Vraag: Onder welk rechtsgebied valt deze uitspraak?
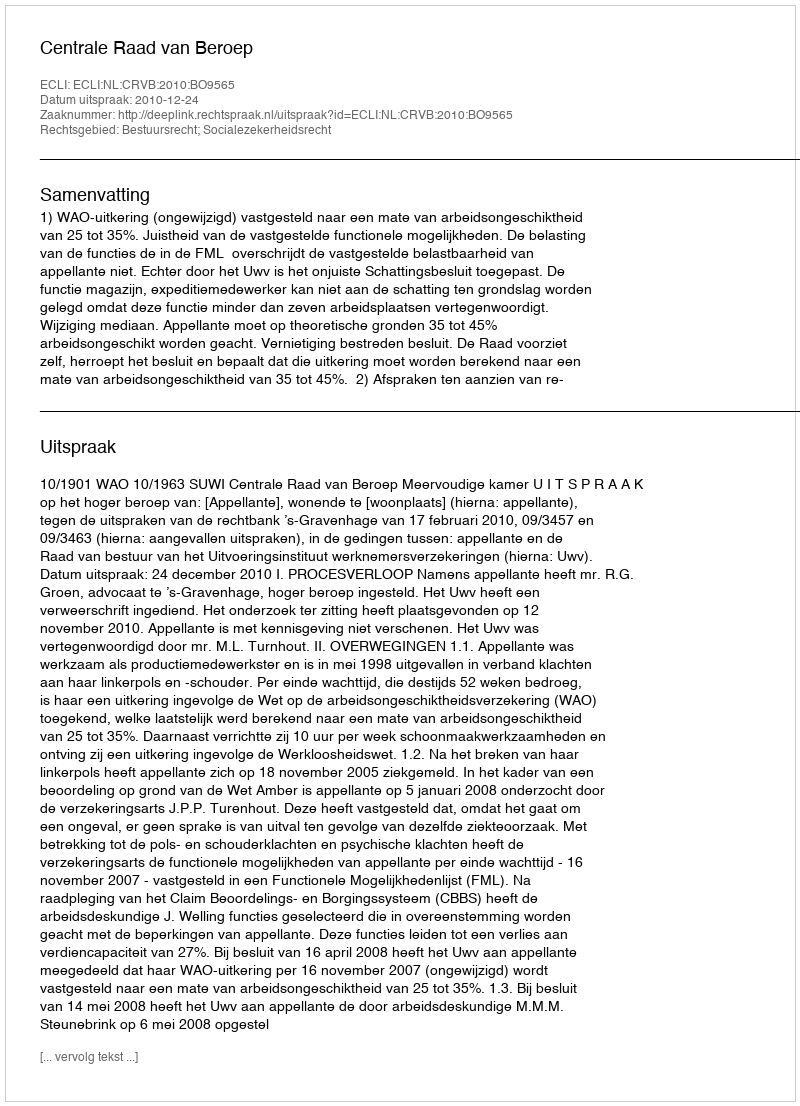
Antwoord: Bestuursrecht; Socialezekerheidsrecht